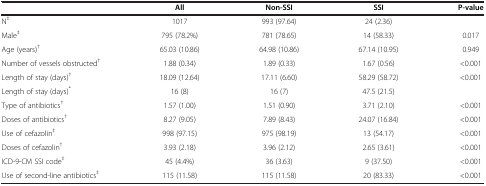
|  | All | Non-SSI | SSI | P-value |
 | --- | --- | --- | --- | --- |
 | N‡ | 1017 | 993 (97.64) | 24 (2.36) |  |
 | Male‡ | 795 (78.2%) | 781 (78.65) | 14 (58.33) | 0.017 |
 | Age (years)† | 65.03 (10.86) | 64.98 (10.86) | 67.14 (10.95) | 0.949 |
 | Number of vessels obstructed† | 1.88 (0.34) | 1.89 (0.33) | 1.67 (0.56) | <0.001 |
 | Length of stay (days)† | 18.09 (12.64) | 17.11 (6.60) | 58.29 (58.72) | <0.001 |
 | Length of stay (days)* | 16 (8) | 16 (7) | 47.5 (21.5) |  |
 | Type of antibiotics† | 1.57 (1.00) | 1.51 (0.90) | 3.71 (2.10) | <0.001 |
 | Doses of antibiotics† | 8.27 (9.05) | 7.89 (8.43) | 24.07 (16.84) | <0.001 |
 | Use of cefazolin‡ | 998 (97.15) | 975 (98.19) | 13 (54.17) | <0.001 |
 | Doses of cefazolin† | 3.93 (2.18) | 3.96 (2.12) | 2.65 (3.61) | <0.001 |
 | ICD-9-CM SSI code‡ | 45 (4.4%) | 36 (3.63) | 9 (37.50) | <0.001 |
 | Use of second-line antibiotics‡ | 115 (11.58) | 115 (11.58) | 20 (83.33) | <0.001 |